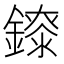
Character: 𨭁